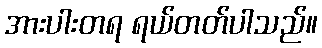
အားပါးတရ ရယ်တတ်ပါသည်။